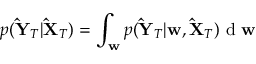
p ( { \mathbf { \hat { Y } } _ { T } | \mathbf { \hat { X } } _ { T } } ) = \int _ { \mathbf { w } } p ( \mathbf { \hat { Y } } _ { T } | \mathbf { w } , \mathbf { \hat { X } } _ { T } ) \mathrm { ~ d ~ } \mathbf { w }